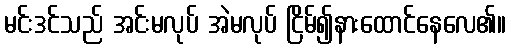
မင်းဒင်သည် အင်းမလုပ် အဲမလုပ် ငြိမ်၍နားထောင်နေလေ၏။